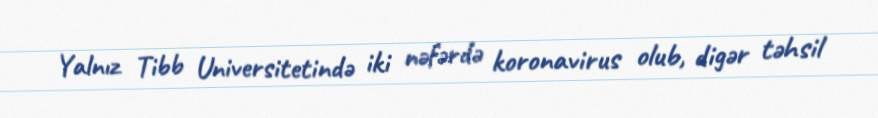
Yalnız Tibb Universitetində iki nəfərdə koronavirus olub, digər təhsil